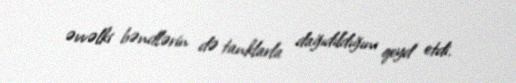
əvvəlki bəndlərin də tanklarla dağıdıldığını qeyd etdi.